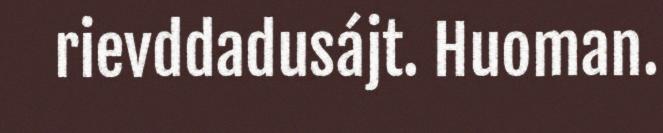
rievddadusájt. Huoman.